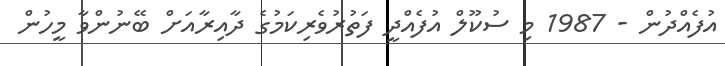
އުފެއްދުން - 1987 މި ސުކޫލް އުފެއްދީ ފަތުރުވެރިކަމުގެ ދާއިރާއަށް ބޭނުންވާ މީހުން